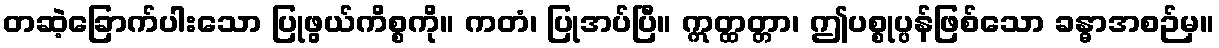
တဆဲ့ခြောက်ပါးသော ပြုဖွယ်ကိစ္စကို။ ကတံ၊ ပြုအပ်ပြီ။ ဣတ္ထတ္တာ၊ ဤပစ္စုပ္ပန်ဖြစ်သော ခန္ဓာအစဉ်မှ။